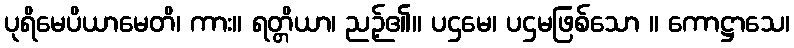
ပုရိမေပိယာမေတိ၊ ကား။ ရတ္တိယာ၊ ညဉ့်၏။ ပဌမေ၊ ပဌမဖြစ်သော ။ ကောဋ္ဌာသေ၊